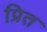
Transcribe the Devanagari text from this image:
प्रित